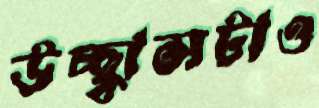
উচ্ছ্বাসটাও